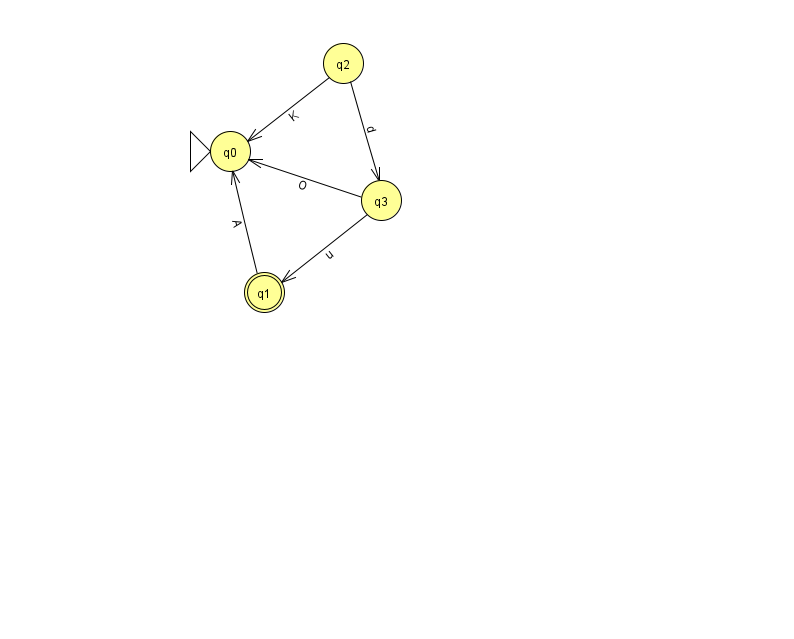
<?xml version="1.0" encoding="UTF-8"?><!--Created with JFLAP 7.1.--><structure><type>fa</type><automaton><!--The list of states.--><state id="0" name="q0"><x>230.0</x><y>138.0</y><initial/></state><state id="1" name="q1"><x>264.0</x><y>279.0</y><final/></state><state id="2" name="q2"><x>343.0</x><y>50.0</y></state><state id="3" name="q3"><x>381.0</x><y>187.0</y></state><!--The list of transitions.--><transition><from>1</from><to>0</to><read>A</read></transition><transition><from>3</from><to>0</to><read>O</read></transition><transition><from>2</from><to>3</to><read>d</read></transition><transition><from>3</from><to>1</to><read>u</read></transition><transition><from>2</from><to>0</to><read>K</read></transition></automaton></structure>